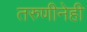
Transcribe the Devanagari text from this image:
तरुणीनेही